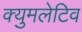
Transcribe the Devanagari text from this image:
क्युमलेटिव